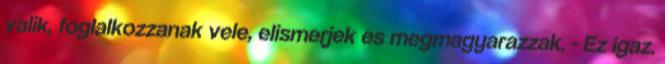
valik, foglalkozzanak vele, elismerjek es megmagyarazzak. - Ez igaz.